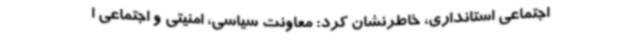
اجتماعی استانداری، خاطرنشان کرد: معاونت سیاسی، امنیتی و اجتماعی ا